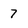
Character: 7